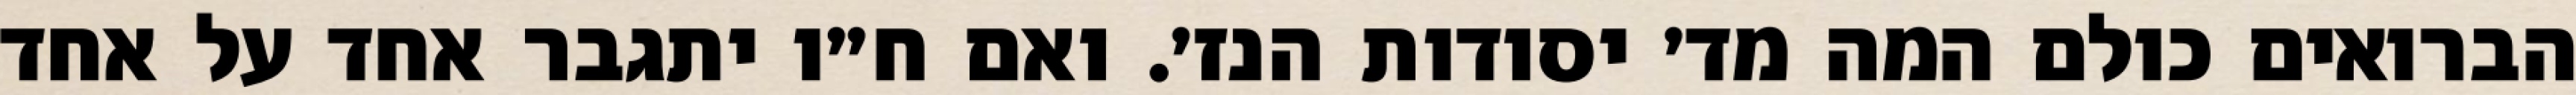
הברואים כולם המה מד׳ יסודות הנז׳. ואם ח״ו יתגבר אחד על אחד